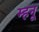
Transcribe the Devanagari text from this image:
म्हनू